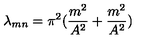
\lambda _ { m n } = \pi ^ { 2 } ( { \frac { m ^ { 2 } } { A ^ { 2 } } } + { \frac { m ^ { 2 } } { A ^ { 2 } } } )